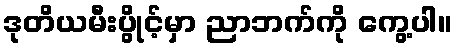
ဒုတိယမီးပွိုင့်မှာ ညာဘက်ကို ကွေ့ပါ။